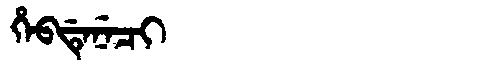
Manchu: ᡥᡝᠪᡩᡝᠨᡝᠴᡳ
Romanization: HEBDENECI